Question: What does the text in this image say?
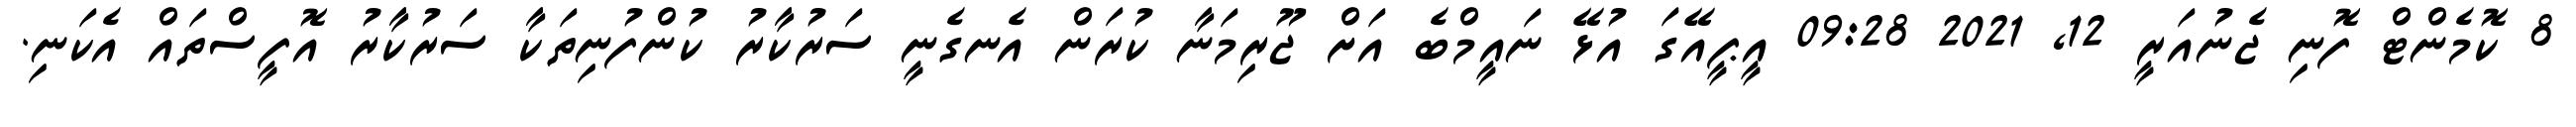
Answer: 8 ކޮމެންޓް ފޮނި ޖެނުއަރީ 12, 2021 09:28 އީޕީއޭގަ އުޅޭ ނައީމްބެ އަށް ޖޫރިމަނާ ކުރަން އެނގެނީ ސަރުކާރު ކުންފުނިތަކާ ސަރުކާރު އޮފީސްތައް އެކަނި.